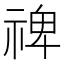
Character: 禆